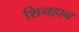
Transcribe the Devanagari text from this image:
शिनहान